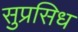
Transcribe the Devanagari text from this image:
सुप्रसिध